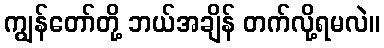
ကျွန်တော်တို့ ဘယ်အချိန် တက်လို့ရမလဲ။